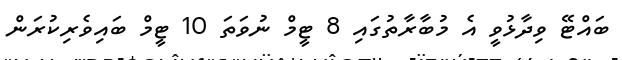
ބައްޓޭ ވިދާޅުވީ އެ މުބާރާތުގައި 8 ޓީމް ނުވަތަ 10 ޓީމް ބައިވެރިކުރަން